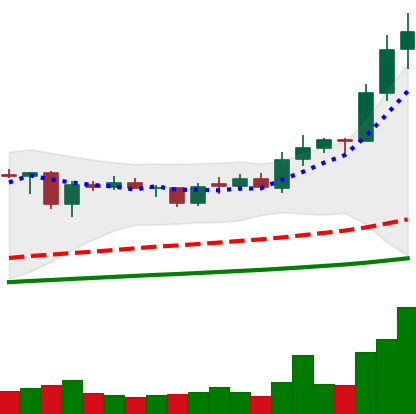
Ticker: ADA-USD
Chart end date: 2021-02-07
Forward return: 39.556%
Label: up_7plus